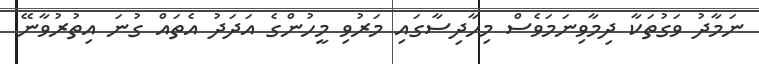
ނަމާދު ވަގުތަކާ ދިމާވިނަމަވެސް މިހާދިސާގައި މަރުވި މީހުންގެ އަދަދު އެތައް ގުނަ އިތުރުވާނޭ